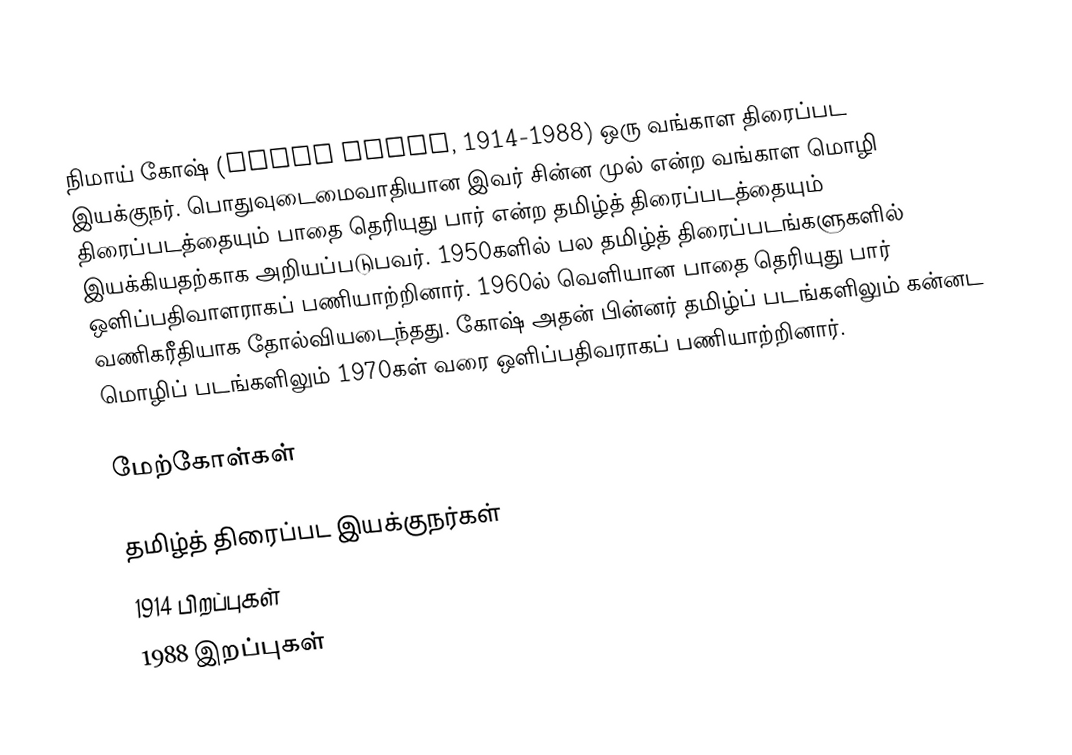
நிமாய் கோஷ் (Nimai Ghosh, 1914-1988) ஒரு வங்காள திரைப்பட இயக்குநர். பொதுவுடைமைவாதியான இவர் சின்ன முல் என்ற வங்காள மொழி திரைப்படத்தையும் பாதை தெரியுது பார் என்ற தமிழ்த் திரைப்படத்தையும் இயக்கியதற்காக அறியப்படுபவர். 1950களில் பல தமிழ்த் திரைப்படங்களுகளில் ஒளிப்பதிவாளராகப் பணியாற்றினார். 1960ல் வெளியான பாதை தெரியுது பார் வணிகரீதியாக தோல்வியடைந்தது. கோஷ் அதன் பின்னர் தமிழ்ப் படங்களிலும் கன்னட மொழிப் படங்களிலும் 1970கள் வரை ஒளிப்பதிவராகப் பணியாற்றினார்.

மேற்கோள்கள்

தமிழ்த் திரைப்பட இயக்குநர்கள்
1914 பிறப்புகள்
1988 இறப்புகள்